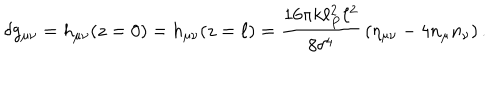
LaTeX: \delta g _ { \mu \nu } = h _ { \mu \nu } ( z = 0 ) = h _ { \mu \nu } ( z = \ell ) = { \frac { 1 6 \pi k \ell _ { P } ^ { 2 } \ell ^ { 2 } } { 8 \delta ^ { 4 } } } \left( \eta _ { \mu \nu } - 4 n _ { \mu } n _ { \nu } \right) .